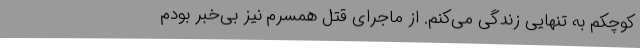
کوچکم به تنهایی زندگی می‌کنم. از ماجرای قتل همسرم نیز بی‌خبر بودم